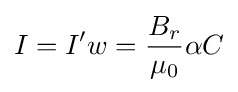
I=I'w={\frac {B_{r}}{\mu _{0}}}\alpha C